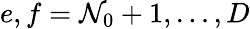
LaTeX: e,f=\mathcal{N}_{0}+1,\ldots,D